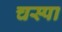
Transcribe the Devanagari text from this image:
चस्‍पा